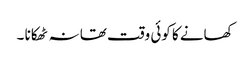
کھانے کا کوئی وقت تھا نہ ٹھکانا ۔